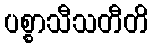
ပစ္စာသီသတီတိ